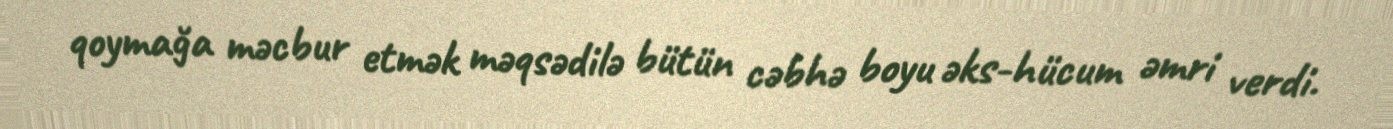
qoymağa məcbur etmək məqsədilə bütün cəbhə boyu əks-hücum əmri verdi.